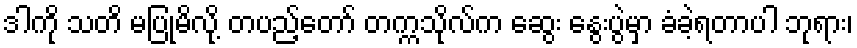
ဒါကို သတိ မပြုမိလို့ တပည့်တော် တက္ကသိုလ်က ဆွေး နွေးပွဲမှာ ခံခဲ့ရတာပါ ဘုရား၊